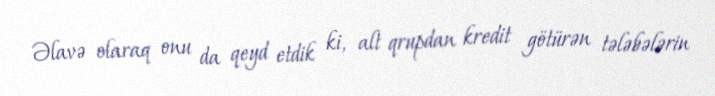
Əlavə olaraq onu da qeyd etdik ki, alt qrupdan kredit götürən tələbələrin